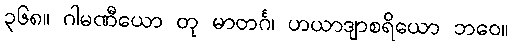
၃၆၈။ ဂါမဏီယော တု မာတင်္ဂ၊ ဟယာဒျာစရိယော ဘဝေ။